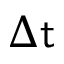
\Delta { \sf t }